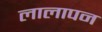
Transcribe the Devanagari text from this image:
लालापन